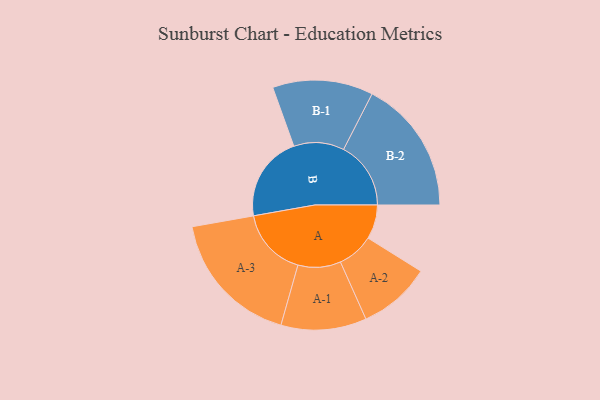
{"axis": {"x": "Segment", "y": "Value"}, "legend": ["", "A", "B"], "data": [{"x": "A", "y": 145, "type": ""}, {"x": "B", "y": 364, "type": ""}, {"x": "A-1", "y": 181, "type": "A"}, {"x": "A-2", "y": 154, "type": "A"}, {"x": "A-3", "y": 291, "type": "A"}, {"x": "B-1", "y": 213, "type": "B"}, {"x": "B-2", "y": 285, "type": "B"}]}